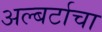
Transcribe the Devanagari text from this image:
अल्बर्टाचा